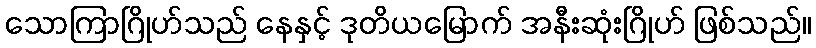
သောကြာဂြိုဟ်သည် နေနှင့် ဒုတိယမြောက် အနီးဆုံးဂြိုဟ် ဖြစ်သည်။